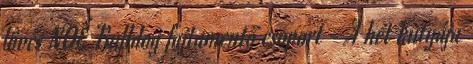
lövés NOÉ Bulldog fajtamentő csoport - A hét kutyája